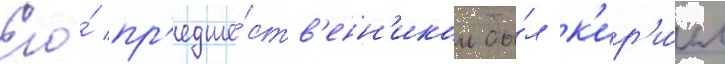
Его́ пр'едше́ств'енн'иком бы́л к'ир'и́лл